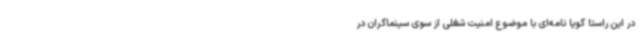
در این راستا گویا نامه‌ای با موضوع امنیت شغلی از سوی سینماگران در